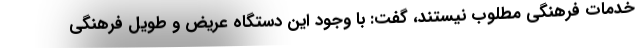
خدمات فرهنگی مطلوب نیستند، ‌گفت: با وجود این دستگاه عریض و طویل فرهنگی